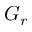
G _ { r }